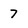
Character: 7